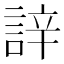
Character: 䛨